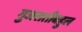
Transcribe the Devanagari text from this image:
गुजरातीबहुल